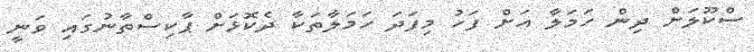
ސްކޫލަށް ދިން ހަމަލާ އަށް ފަހު މިފަދަ ހަމަލާތަކާ ދެކޮޅަށް ޕާކިސްތާނުގައި ވަނީ